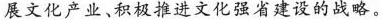
展文化产业、积极推进文化强省建设的战略。